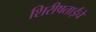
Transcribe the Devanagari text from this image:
शिरीषताईंचे